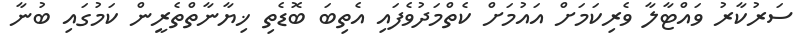
ސަރުކާރު ވައްޓާލާ ވެރިކަމަށް އައުމަށް ކެތްމަދުވެފައި އެތިބަ ބޮޑެތި ޚިޔާނާތްތެރީން ކަމުގައި ބުނާ